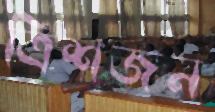
ত্রিশজন